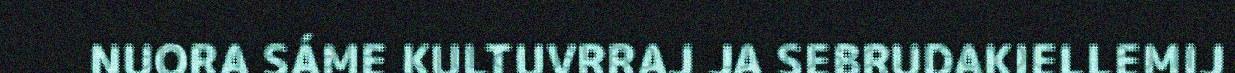
NUORA SÁME KULTUVRRAJ JA SEBRUDAKIELLEMIJ